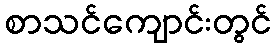
စာသင်ကျောင်းတွင်